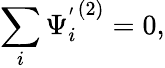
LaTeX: \sum_{i}{\Psi_{i}^{'}}^{(2)}=0,